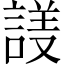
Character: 𬢱